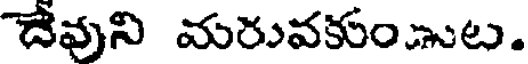
దేవుని మరువకుంుట.